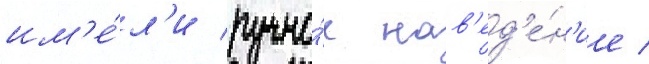
им'е́л'и ручно́е нав'ед'е́н'ие /